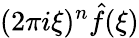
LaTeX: (2\pi i\xi)^{n}{\hat{f}}(\xi)